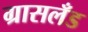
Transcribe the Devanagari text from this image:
ग्रासलँड